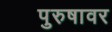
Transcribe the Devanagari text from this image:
पुरुषावर